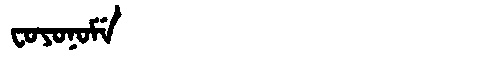
Manchu: ᠸᠣᠶᠣᠨᠣᠮᡝ
Romanization: FOYONOME